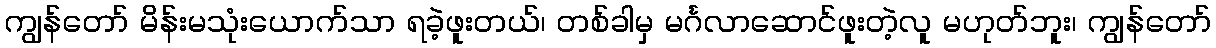
ကျွန်တော် မိန်းမသုံးယောက်သာ ရခဲ့ဖူးတယ်၊ တစ်ခါမှ မင်္ဂလာဆောင်ဖူးတဲ့လူ မဟုတ်ဘူး၊ ကျွန်တော်